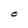
Character: O